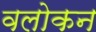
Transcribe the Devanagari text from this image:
वलोकन